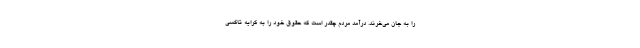
را به جان می‌خرند. درآمد مردم چقدر است که حقوق خود را به کرایه تاکسی